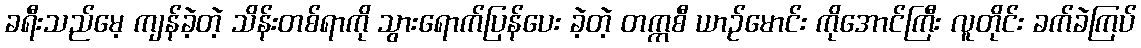
ခရီးသည်မေ့ ကျန်ခဲ့တဲ့ သိန်းတစ်ရာကို သွားရောက်ပြန်ပေး ခဲ့တဲ့ တက္ကစီ ယာဉ်မောင်း ကိုအောင်ကြီး လူတိုင်း ခက်ခဲကြပ်